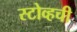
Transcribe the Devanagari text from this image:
स्टोव्हची